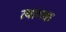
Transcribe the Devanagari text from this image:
त्यागक